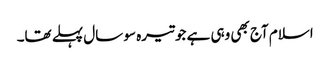
اسلام آج بھی وہی ہے جو تیرہ سو سال پہلے تھا۔